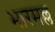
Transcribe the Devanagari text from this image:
भारमल्ल